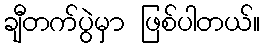
ချီတက်ပွဲမှာ ဖြစ်ပါတယ်။